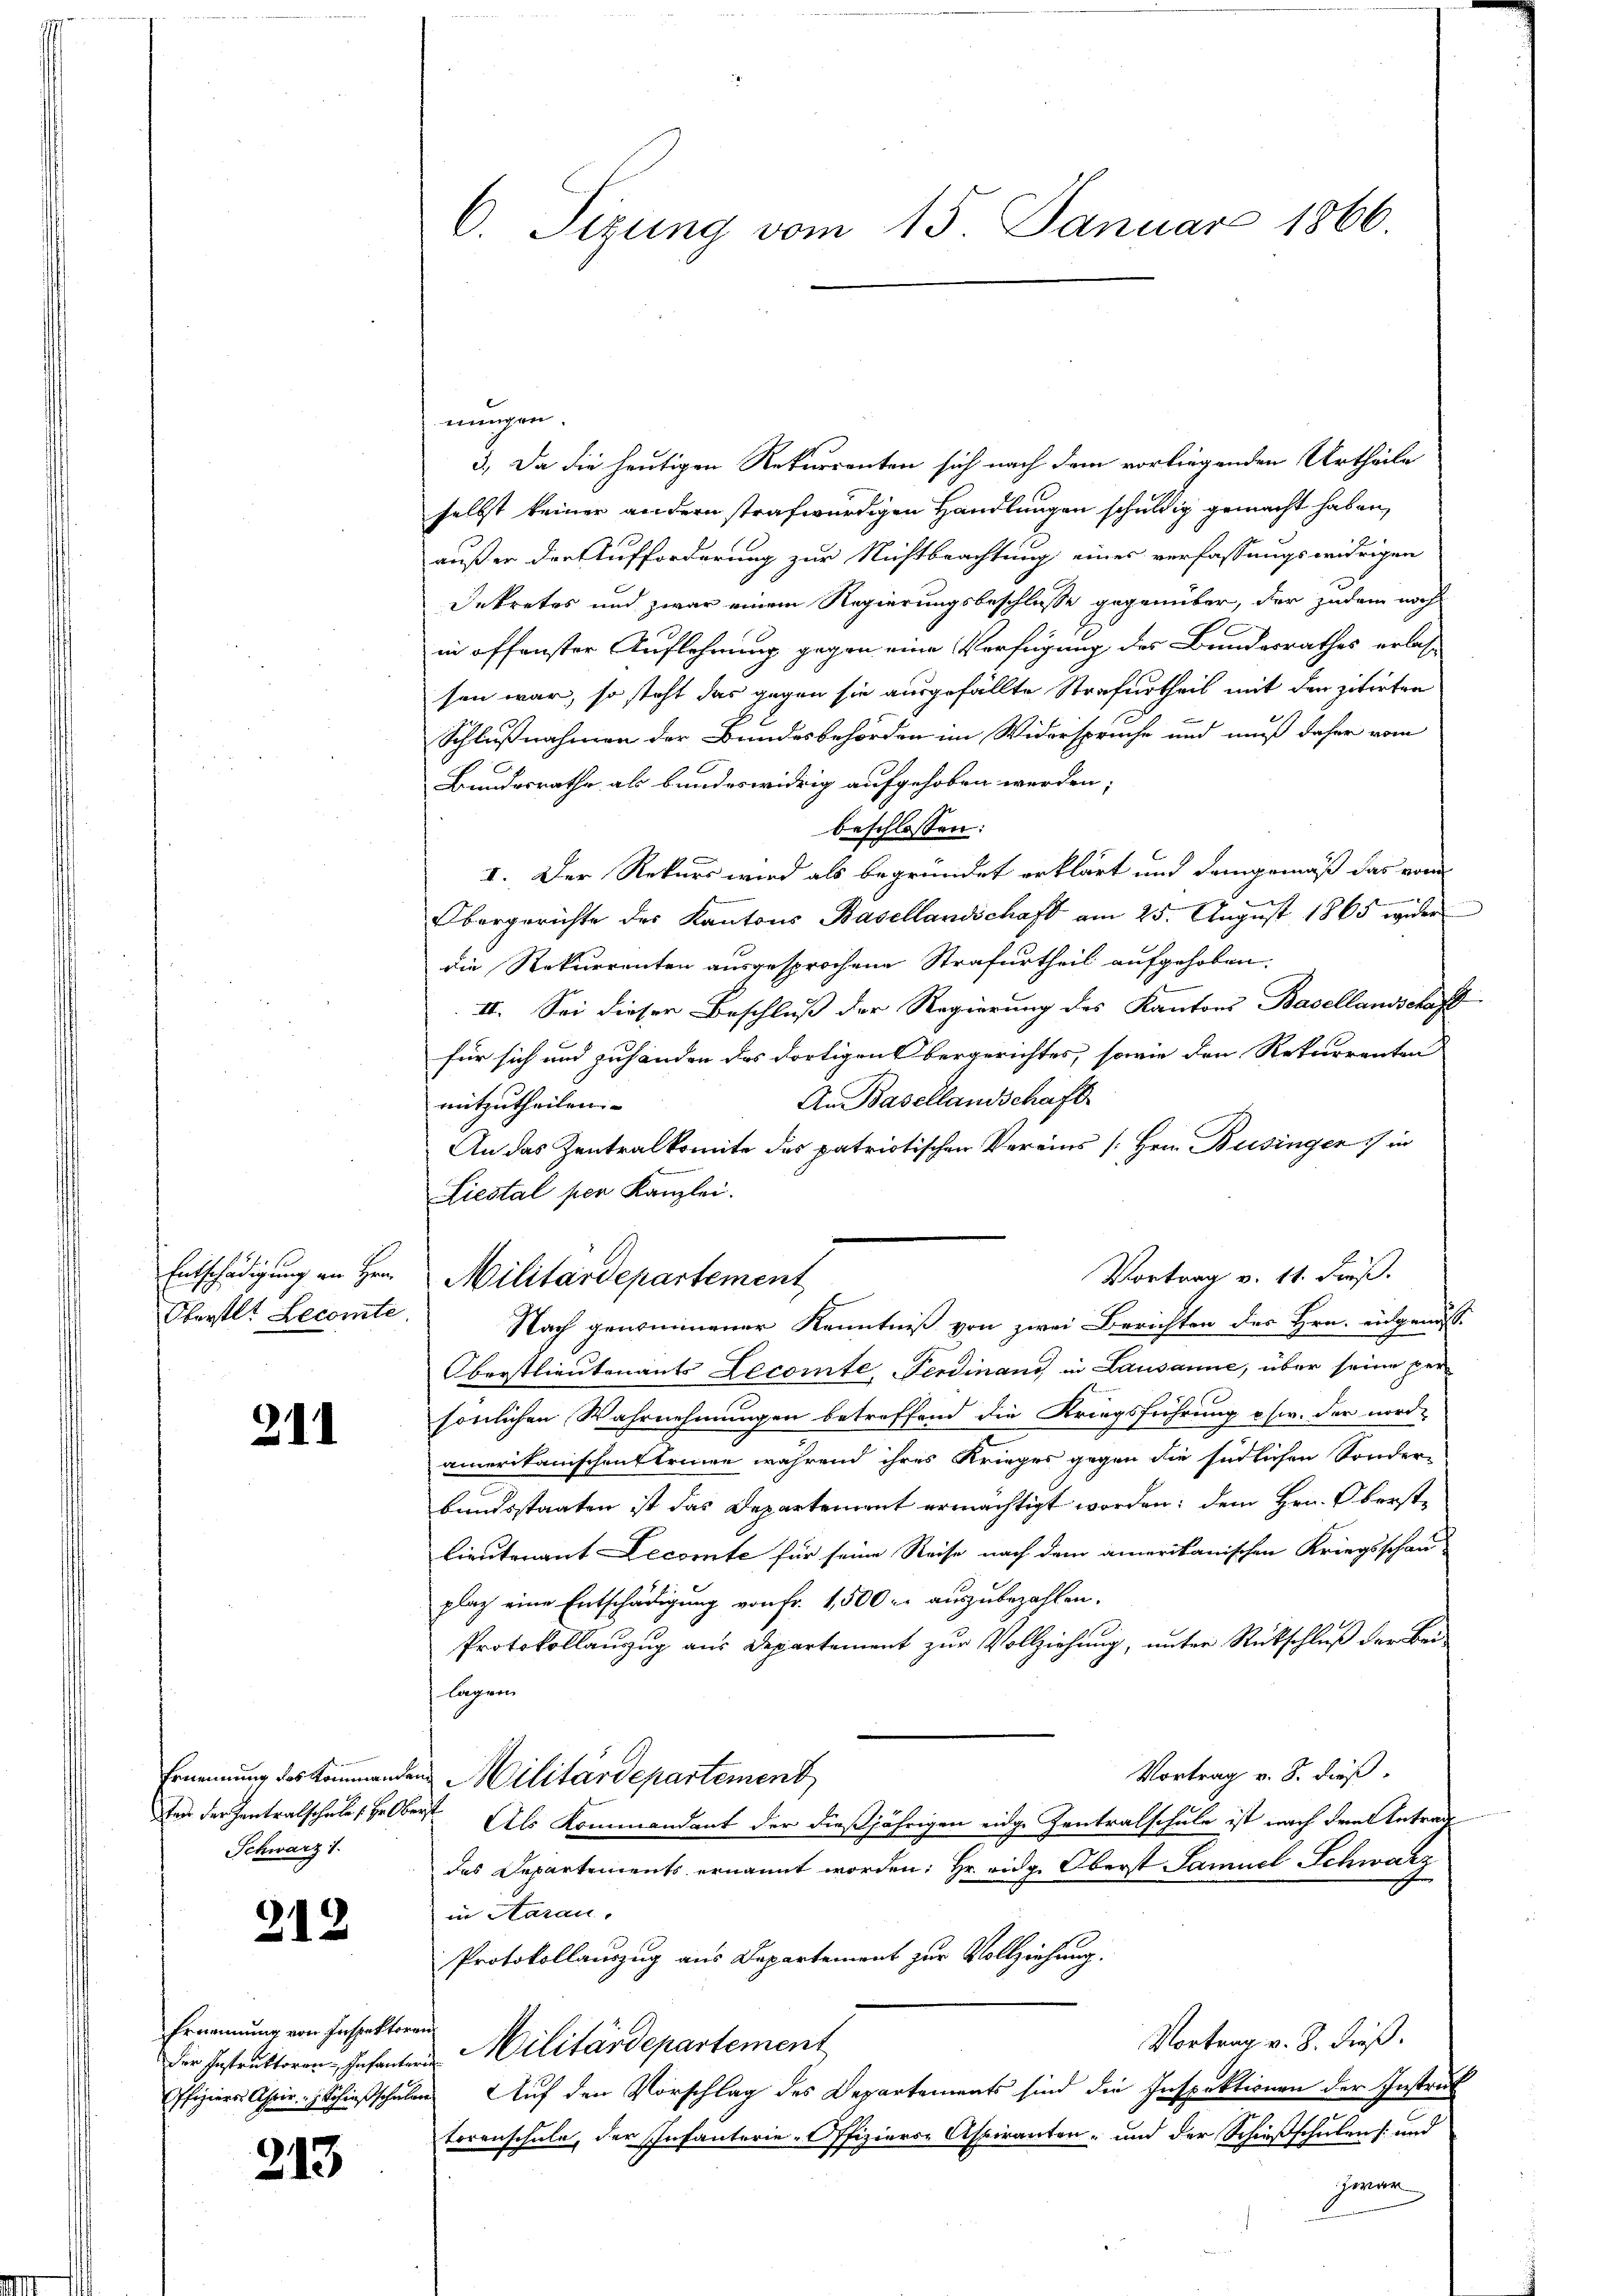
Oberster Lecomte

2II

Schwarz 1

212

Ernennung von Inspektoren

213

nungen.
3.) Da die heutigen Rekurrenten sich nach dem vorliegenden Urtheile
selbst keiner andern strafwürdigen Handlungen schuldig gemacht haben,

außer der Aufforderung zur Nichtbeachtung eines verfassungswidrigen
Dekretos und zwar einem Regierungsbeschlusse gegenüber, der zudem noch
in offenster Auflehrung gegen eine Verfügung des Bundesrathes erlassen war, so steht das gegen sie ausgefällte Strafurtheil mit der zitirten
Schlußnahmen der Bundesbehörden im Widerspruche und muß daher vom
Bundesrathe als bundeswidrig aufgehoben werden;
beschlossen:
I. Der Rekurs wird als begründet erklärt und demgemäß das vom

Obergerichte des Kantons Basellandschaft am 25. August 1865 wider
die Rekurrenten ausgesprochene Strafurtheil aufgehoben.
II. Sei dieser Beschluß der Regierung des Kantons Basellandschaft
für sich und zuhänden das dortigen Obergerichtes, sowie den Rekurrenten
An Basellandschaft
mitzutheilen
An das Zentralkomite des patriotischen Vereins [Hrn. Businger in
Liestal per Kanzlei.
Vortrag v. 11. Fieß.
Nach genommener Kenntniß von zwei Berichten des Hrn. eingenoss
Oberstlieutenants Lecomte Ferdinand in Lausanne, über seine per
sönlichen Wahrnehmungen betreffend die Kriegsführung ehw. der nord-
amerikanischen Erinne während ihres Krieges gegen die südlichen Sonder-
bandsstaaten ist das Departement ermächtigt worden; dem Hrn. Oberstlieutenant Decomte für seine Reise nach dem amerikanischen Kriegsschau
platz eine Entschädigung von Fr. 1,500 r. auszubezahlen.
Protokollanzug aus Departement zur Vollziehung, unter Rückschluß der Beilagen.
Vortrag v. 8. dieß.
Ernennung des Kommanden Militärdepartement
ten der Zentralschale Hr. Oberst. Als Kommandant der dießjährigen eidge Zentralschule ist nach dem Antrag
das Departements ernannt worden: Hr. eidg. Oberst Samuel Schwarz
in Aarau
Protokollauszug aus Departement zur Vollziehung.
Vortrag v. 8. dieß.
der Instruktoren Infanten Militärdepartement
Offiziers Aspir. Schießschulen Auf den Vorschlag des Departements sind die Inspektionen der Instruk
torenschule, der Infanterie-Offiziers-Aspiranten- und der Schießschulens und
hennen

6. Sizung vom 15. Januar 1866.

Entschädigung an Hrn. Militärdepartement